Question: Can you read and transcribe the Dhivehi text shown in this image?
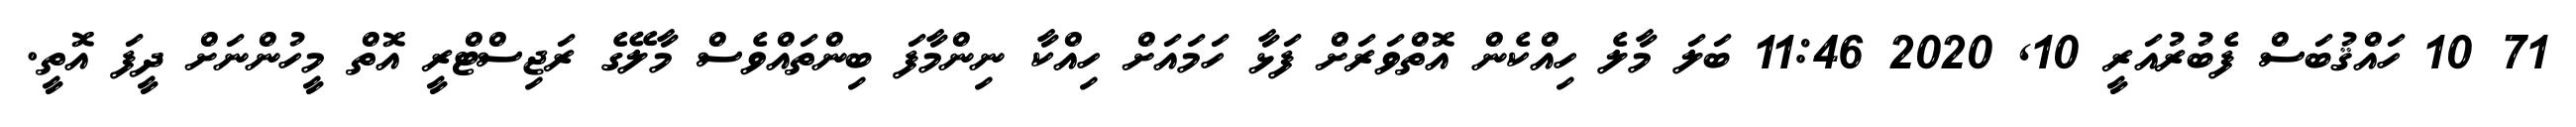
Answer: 71 10 ހައްޤުބަސް ފެބުރުއަރީ 10, 2020 11:46 ބަލަ މާލެ ހިއްކެން އޮތްވަރަށް ފަޅާ ހަމައަށް ހިއްކާ ނިންމާފަ ބިންތައްވެސް މާލޭގެ ރަޖިސްޓްރީ އޮތް މީހުންނަށް ދީފަ އޮތީ.